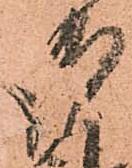
御